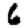
Digit: 6